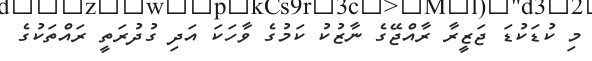
މި ކުޑަކުޑަ ޖަޒީރާ ރާއްޖޭގެ ނާޒުކު ކަމުގެ ވާހަކަ އަދި ގުދުރަތީ ރައްތަކުގެ